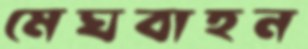
মেঘবাহন